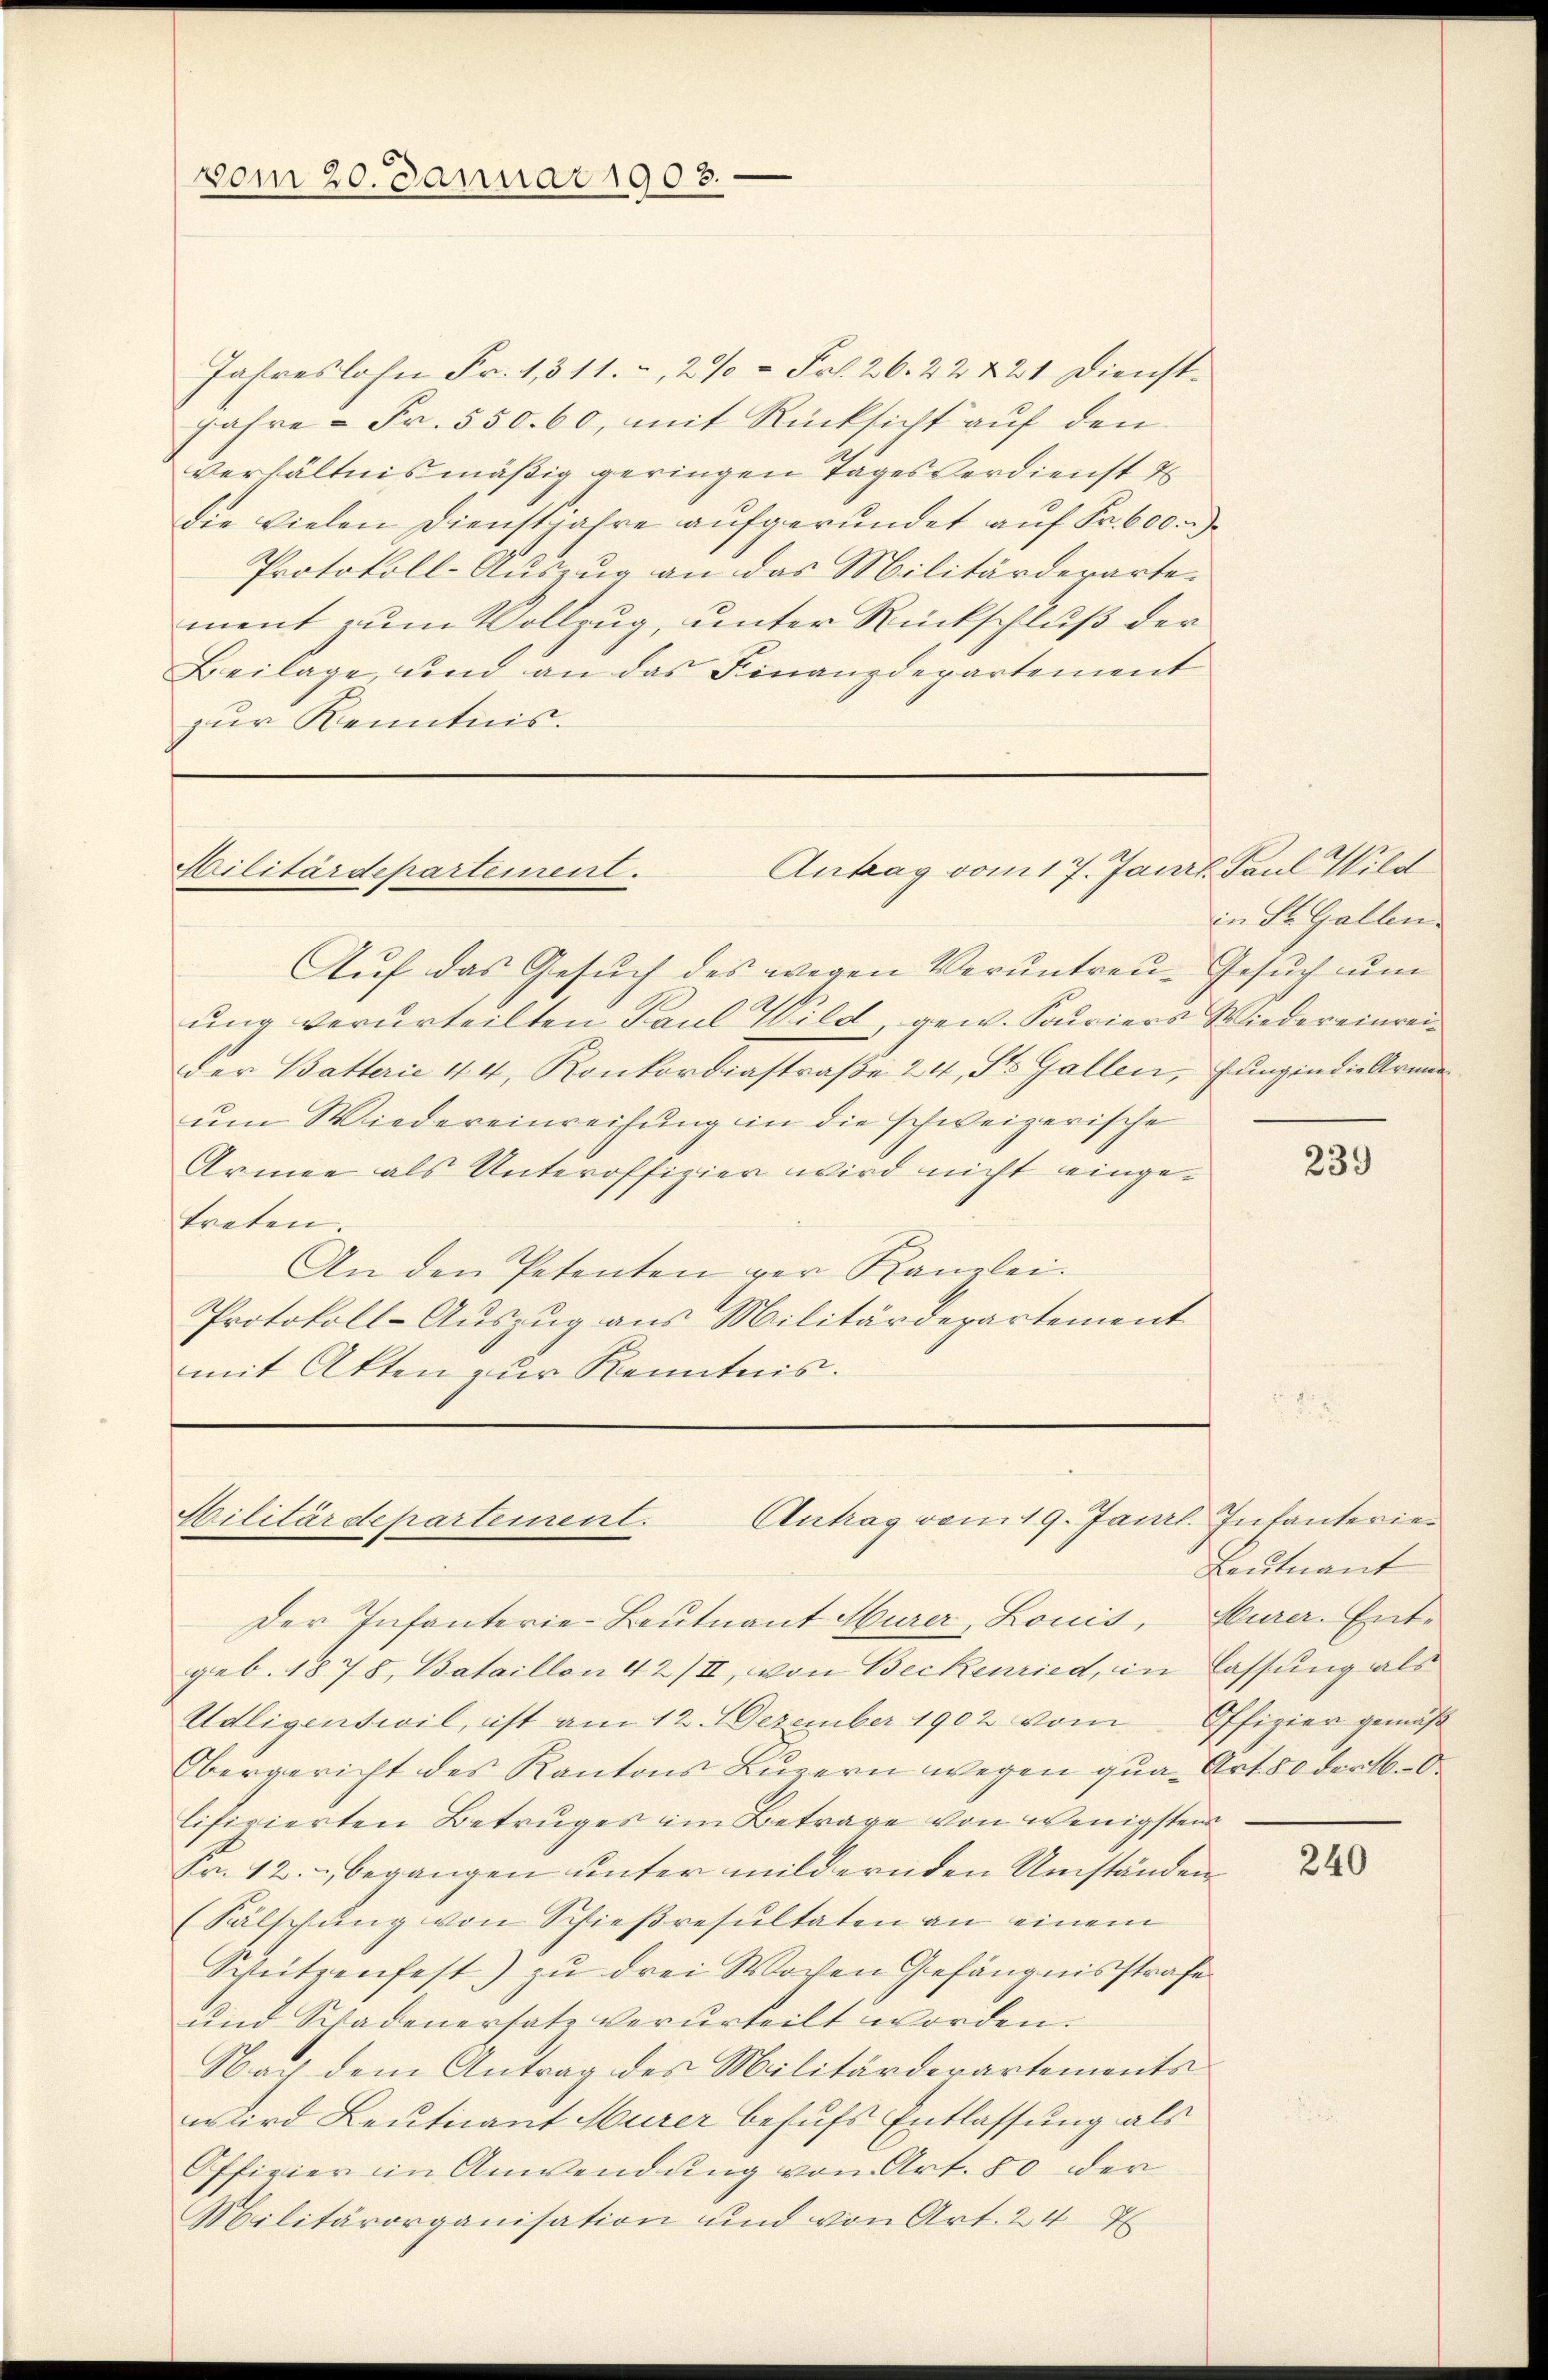
vom 20. Januar 1903.

Jahreslohn Fr. 1,311. a, 2 % = Frk. 26. 22 & 21 Dienst¬
Jahre - Fr. 550. 60, mit Rücksicht auf den
verhältnismäßig geringen Tages verdienst t
die vielen Dienstjahre aufgerundet auf Fr. 600.
Protokoll-Auszug an das Militärderartement zum Vollzug, unter Rückschluß der
Beilage, und an das Finanzdepartement
zur Kenntnis.

Antrag vom 17. Janrl Paul Wild
Militärdepartement.

Aŭf das Gesŭch des wegen Veruntreu- Gesuch um
ung verurteilten Paul Wild, gew. Soviers Wieder einreider Batterie 44, Konkordiastraße 24, St. Gallen, Jungen die Arme
ŭm Wiedereinreitung in die schweizerische
Armee als Unteroffizier wird nicht eingetreten.
An den Petenten der Kanzlei.
Protokoll-Auszug aus Militärdepartement
mit Akten zur Kenntnis.

Antrag vom 19. Janil. Infanterien
Militärdepartement.

in St. Gallen.

Der Infanterie-Leutnant Hurer, Louis, Hurer. Entgeb. 1878, Bataillon 42/II, von Beckenried, in lassung als
Udligenteil, ist am 12. Dezember 1902 vom Offizier gemäß
Obergericht des Kantons Luzern wegen qua Art. 50 der O
lifizierten Betruges im Betrage von wenigsten
Fr. 12. begangen unter mildernden Umständen
(Fälschung von Schießresultaten an einem
Schützenfest) zu drei Wochen Gefängnisstrafe
und Schadenersatz verurteilt worden.
Nach dem Antrag des Militärderartements
wird Leutnant Murer behufs Entlassung als
Offizier in Anwendung von Art. 80 der
Militärorganisation und von Art. 24 x

239

Leutnant

240